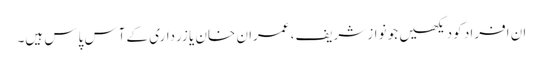
ان افراد کو دیکھیں جو نواز شریف، عمران خان یا زرداری کے آس پاس ہیں۔